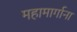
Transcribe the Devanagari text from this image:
महामार्गाना